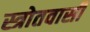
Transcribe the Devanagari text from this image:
स्त्रोतवासी